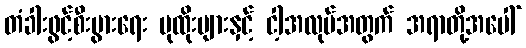
တံခါးဖွင့်စီးပွားရေး ပုထိုးများနှင့် ငါ့အလုပ်အတွက် အရာတို့အပေါ်